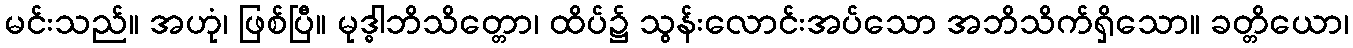
မင်းသည်။ အဟုံ၊ ဖြစ်ပြီ။ မုဒ္ဓါဘိသိတ္တော၊ ထိပ်၌ သွန်းလောင်းအပ်သော အဘိသိက်ရှိသော။ ခတ္တိယော၊